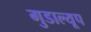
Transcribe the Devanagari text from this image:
गुडाल्यूप